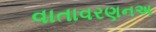
વાતાવરણનઅ